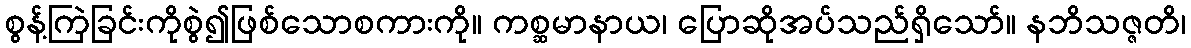
စွန့်ကြဲခြင်းကိုစွဲ၍ဖြစ်သောစကားကို။ ကစ္ဆမာနာယ၊ ပြောဆိုအပ်သည်ရှိသော်။ နဘိသဇ္ဇတိ၊